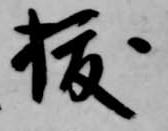
抜